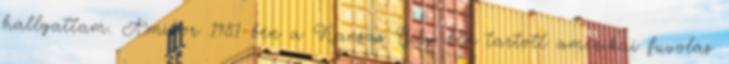
hallgattam. Amikor 1981-ben a Kansas City-ben tartott amerikai fuvolás